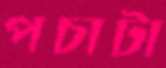
পচাটা